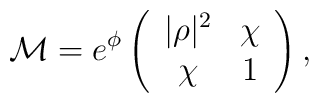
{\cal M} = e^\phi \left(\begin{array}{cc}|\rho|^2 & \chi\\\chi & 1 \end{array} \right),